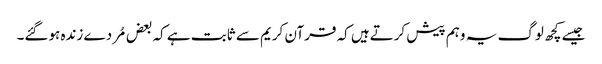
جیسے کچھ لوگ یہ وہم پیش کرتےہیں کہ قرآن کریم سے ثابت ہے کہ بعض مُردے زندہ ہوگئے۔